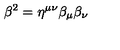
\beta ^ { 2 } = \eta ^ { \mu \nu } \beta _ { \mu } \beta _ { \nu }